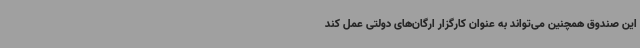
این صندوق همچنین می‌تواند به عنوان کارگزار ارگان‌های دولتی عمل کند